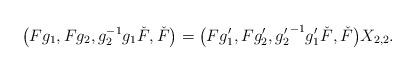
LaTeX: \begin{align*} \big(Fg_1,Fg_2,g_2^{-1}g_1\check{F},\check{F}\big)&=\big(Fg_1',Fg_2',{g_2'}^{-1}g_1'\check{F},\check{F}\big) X_{2,2}. \end{align*}